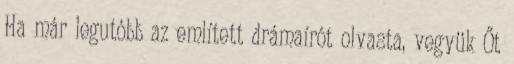
Ha már legutóbb az említett drámaírót olvasta, vegyük Őt